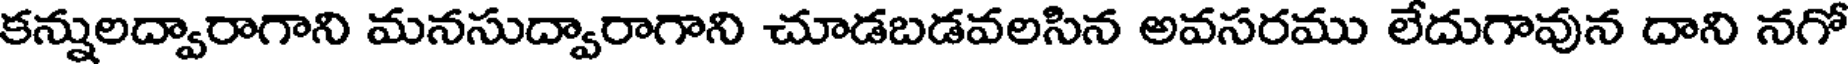
కన్నులద్వారాగాని మనసుద్వారాగాని చూడబడవలసిన అవసరము లేదుగావున దాని నగో